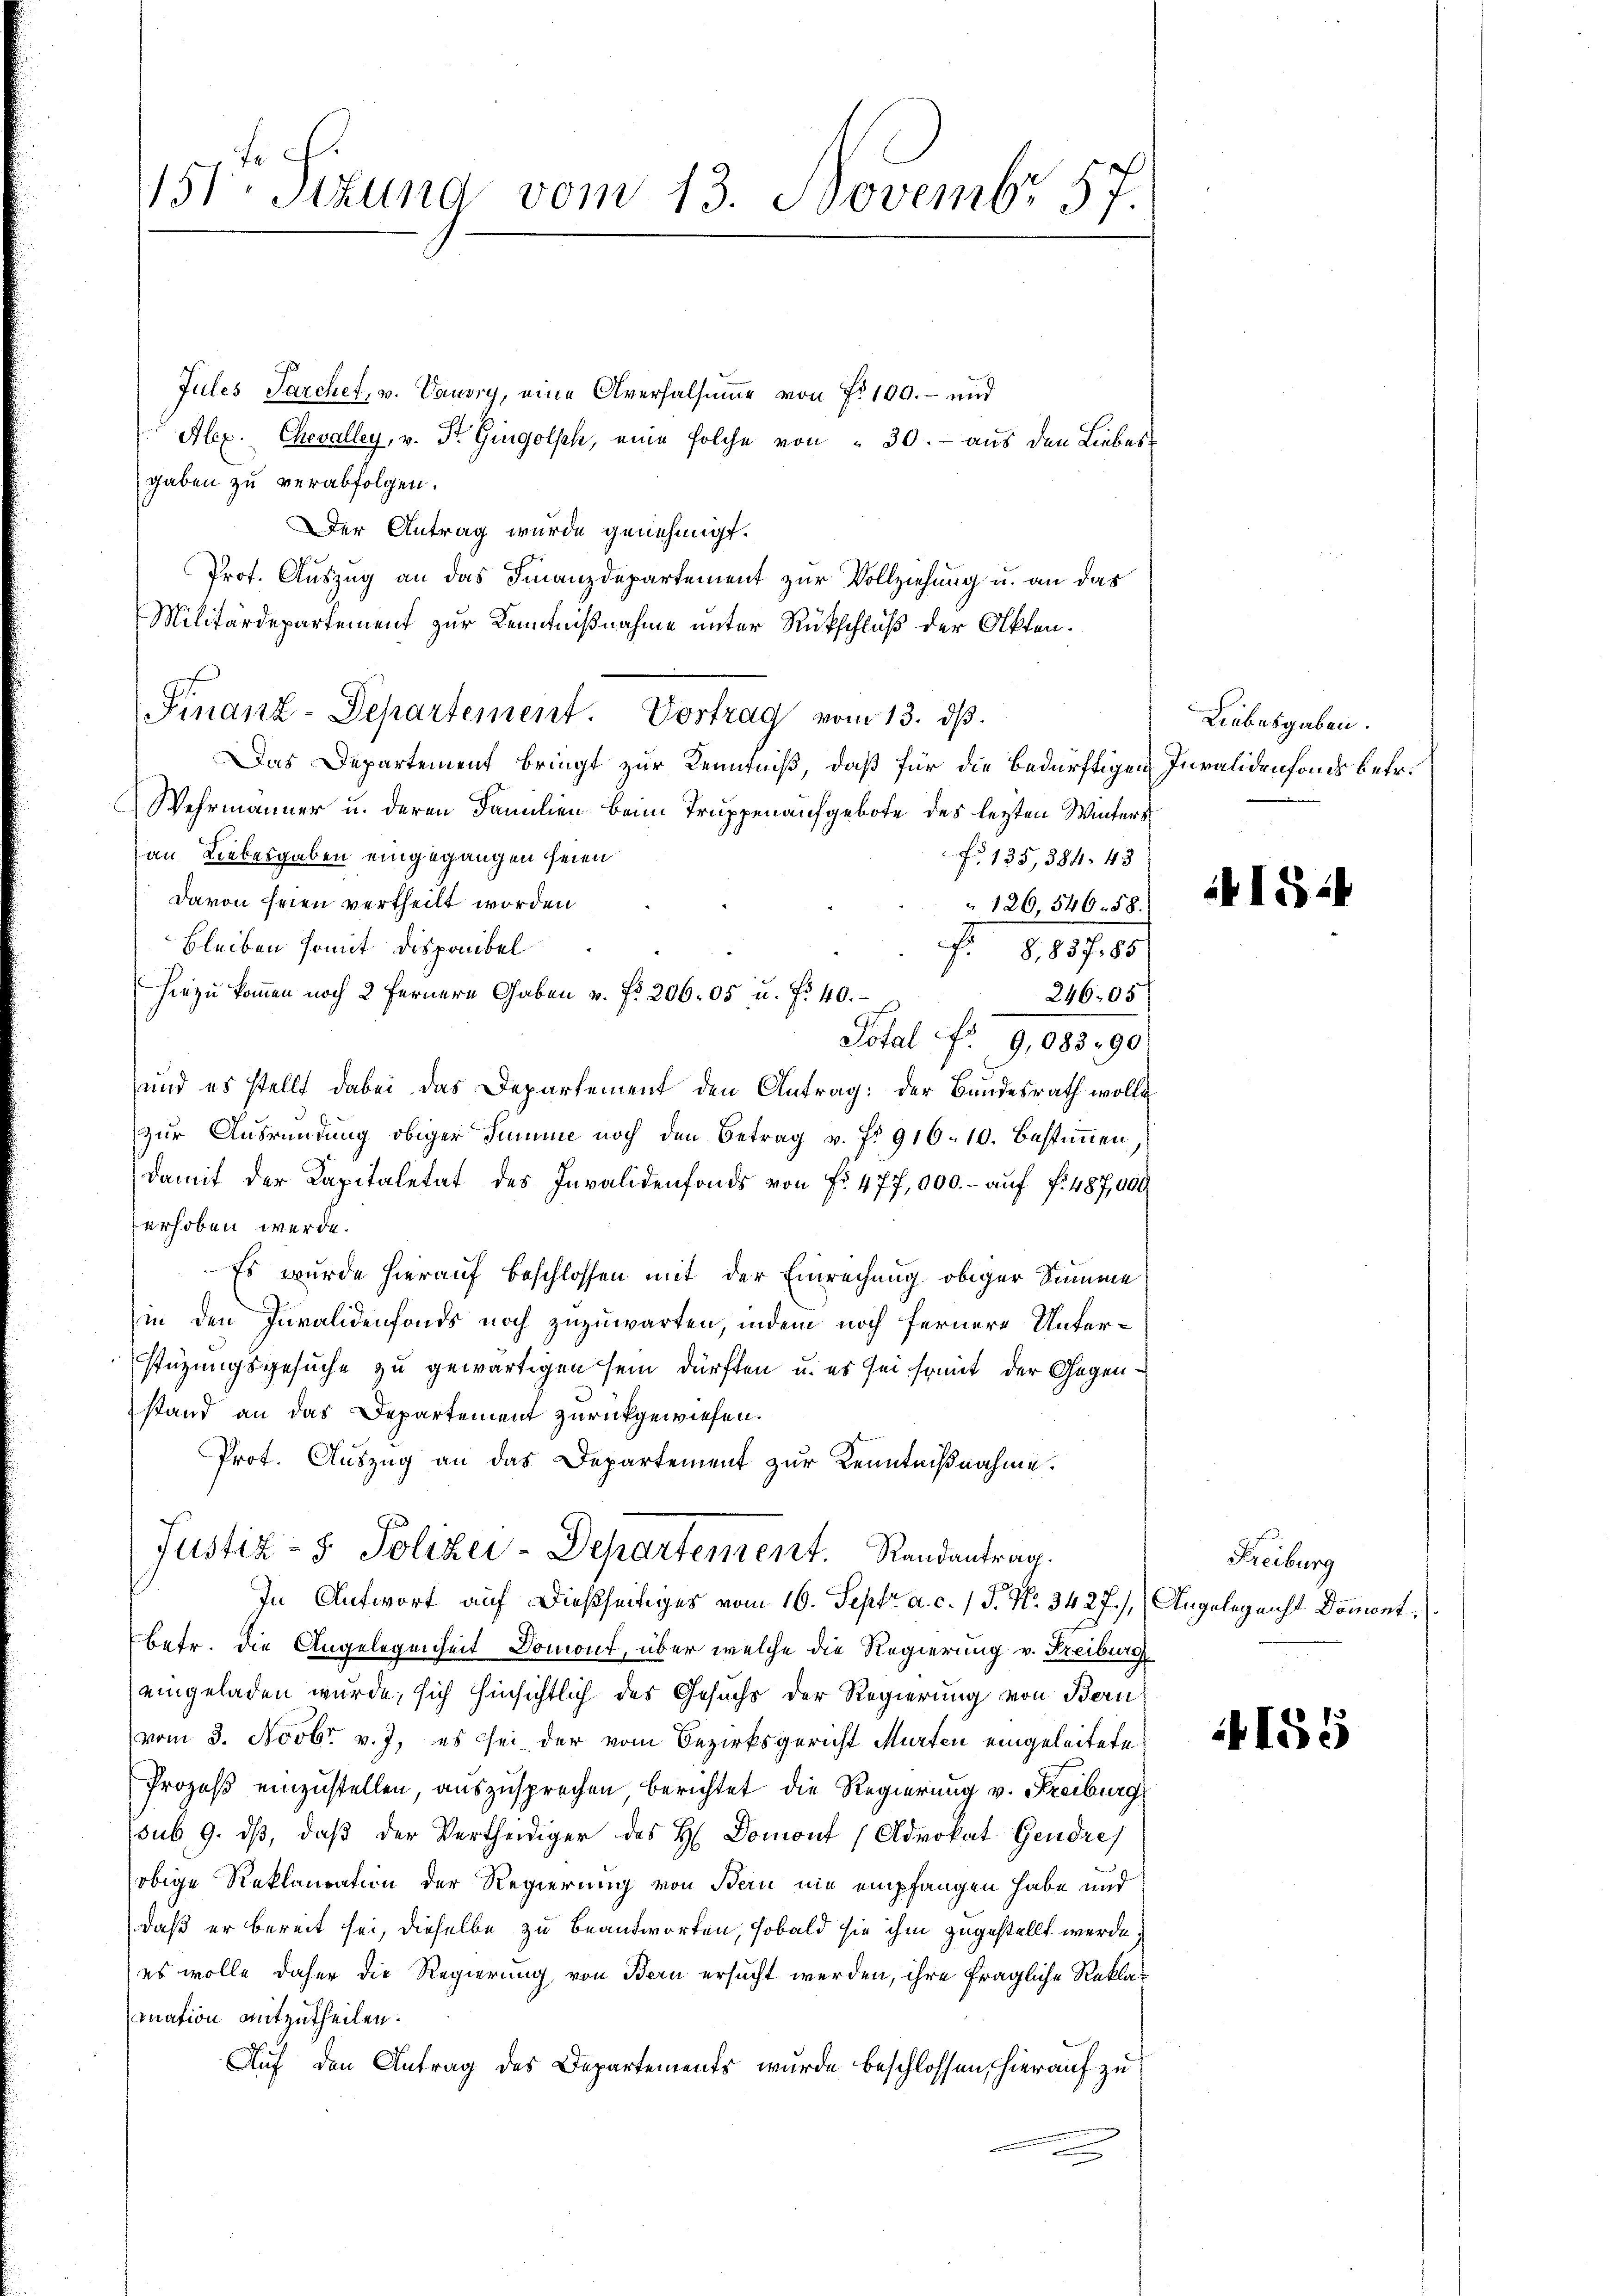
151. Sitzung vom 13. Novembr 57.

Jules Sarchet, u. Vaudry, eine Aversalsumme von Fr. 100.- und
Alex. Chevalley, v. Dr. Gingolsch, eine solche von 30. - aus den Liebes
gaben zu verabfolgen.
Der Antrag wurde genehmigt.
Prof. Auszug an das Finanzdepartement zur Vollziehung u. an das
Militärdepartement zur Kenntnißnahme unter Rückschluß der Akten.
Finanz-Departement. Vortrag vom 13. dβ.
Das Departement bringt zur Kenntniß, daß für die Bedürftigen Invalidenfans betr.
Wehrmänner u. deren Familien beim Truppenaufgebote des letzten Winters
an Liebesgaben eingegangen seien
f 135, 384. 43
davon seien vertheilt worden
126, 546. 58.
Bleiben somit Disponibel
fr. d. 1870
hiezu kommen noch 2 fernere Gaben u. fr. 206. 05 u. fr. 40.
24605
Total N° 9,083,90
und es stellt dabei das Departement den Antrag: der Bundesrath wolle
zur Ausründung obiger Summe noch den Betrag v. fr. 916. 10. Bestimmen,
damit der Kapitaletat des Invalidenfonds von fr. 477,000.- aŭf f. 487,000
erhoben werde.
Es wurde hierauf beschlossen mit der Einrechung obiger Summe
in den Invalidenfonds noch zuzuwarten, indem noch fernere Unterstüzungsgesuche zu gewärtigen sein dürften u. es sei somit der Gegenstand an das Departement zurückgewiesen.
Prot. Auszug an das Departement zur Kenntnißnahme.
Justiz- & Polizei-Departement. Randantrag.
In Antwort auf dießseitiges vom 16. Septr a. c. 1 P. Nr. 3427), Angelegenst Doment
betr. die Angelegenheit Domont, über welche die Regierung v. Freiburg
eingeladen wurde, sich hinsichtlich des Gesuchs der Regierung von Bern
vom 3. Novbr. v. J. es sei der vom Bezirksgericht Murten eingeleitete
Prozeß einzustellen, auszusprechen berichtet die Regierung v. Freiburg
sub. 9. dβ, daβ der Vertheidiger des H. Domont (Advokat Gendre
obige Reklamation der Regierung von Bern nie empfangen habe und
daß er bereit sei, dieselbe zu beantworten, sobald sie ihm zugestellt werde.
(es wolle daher die Regierung von Bern ersucht werden, ihre fragliche Reklamnation mitzutheilen.
Auf den Antrag des Departements wurde beschlossen, hierauf zu

Liebesgaben.

1524

Freiburg

4155